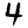
Digit: 4